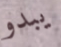
يبدو